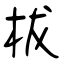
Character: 柭